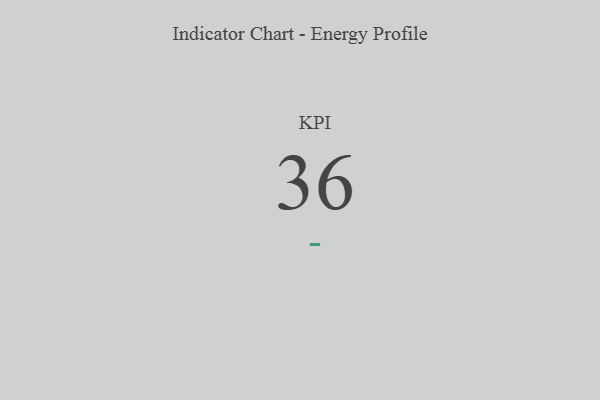
{"axis": {"x": "KPI", "y": "Value"}, "legend": [""], "data": [{"x": "KPI", "y": 36, "type": ""}]}